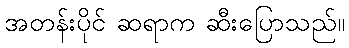
အတန်းပိုင် ဆရာက ဆီးပြောသည်။